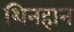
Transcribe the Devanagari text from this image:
शिनहान